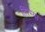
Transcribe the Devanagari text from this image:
तिरंग्या